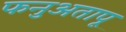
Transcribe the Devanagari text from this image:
फनुअतापू